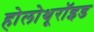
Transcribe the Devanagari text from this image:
होलोथूरॉइड